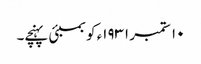
١٠ ستمبر ١٩٣١ء کو بمبئی پہنچے۔